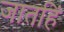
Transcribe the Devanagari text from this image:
जातहिं